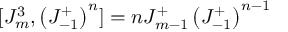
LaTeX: [ J _ { m } ^ { 3 } , \left( J _ { - 1 } ^ { + } \right) ^ { n } ] = n J _ { m - 1 } ^ { + } \left( J _ { - 1 } ^ { + } \right) ^ { n - 1 }